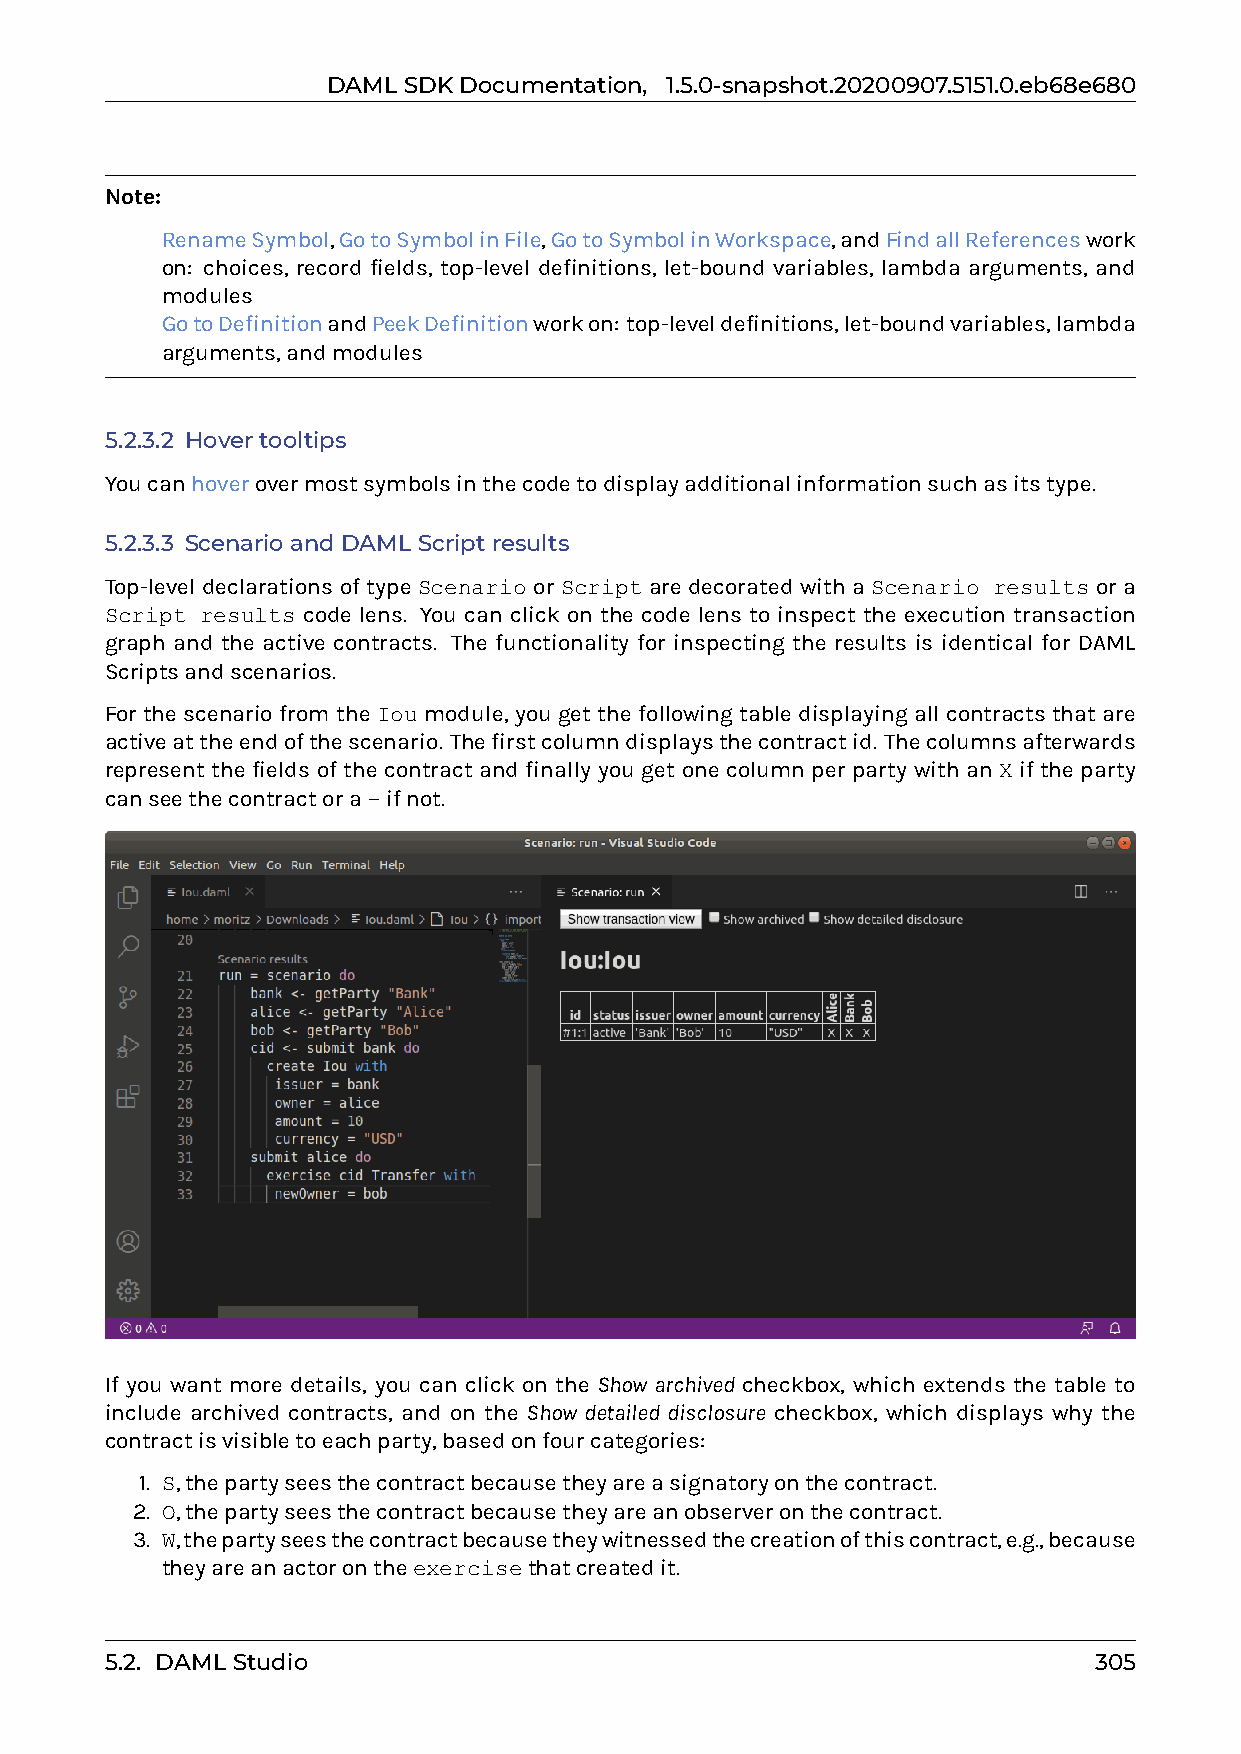
DAMLSDKDocumentation, 1.5.0-snapshot.20200907.5151.0.eb68e680
 Note:
 0 RenameSymbol,GotoSymbolinFile,GotoSymbolinWorkspace,andFindallReferenceswork
 on: choices, record fields, top-level definitions, let-bound variables, lambda arguments, and
 modules
 0 GotoDefinitionandPeekDefinitionworkon: top-leveldefinitions,let-boundvariables,lambda
 arguments,andmodules
 5.2.3.2 Hovertooltips
 Youcanhoverovermostsymbolsinthecodetodisplayadditionalinformationsuchasitstype.
 5.2.3.3 ScenarioandDAMLScriptresults
 Top-level declarations of type Scenario or Script are decorated with a Scenario results or a
 Script results code lens. You can click on the code lens to inspect the execution transaction
 graph and the active contracts. The functionality for inspecting the results is identical for DAML
 Scriptsandscenarios.
 For the scenario from the Iou module, you get the following table displaying all contracts that are
 activeattheendofthescenario. Thefirstcolumndisplaysthecontractid. Thecolumnsafterwards
 represent the fields of the contract and finally you get one column per party with an X if the party
 canseethecontractora-ifnot.
 If you want more details, you can click on the Show archived checkbox, which extends the table to
 include archived contracts, and on the Show detailed disclosure checkbox, which displays why the
 contractisvisibletoeachparty,basedonfourcategories:
 1. S,thepartyseesthecontractbecausetheyareasignatoryonthecontract.
 2. O,thepartyseesthecontractbecausetheyareanobserveronthecontract.
 3. W,thepartyseesthecontractbecausetheywitnessedthecreationofthiscontract,e.g.,because
 theyareanactorontheexercisethatcreatedit.
 5.2. DAMLStudio                                                  305